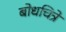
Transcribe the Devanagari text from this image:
बोधचित्रे